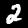
Digit: 2